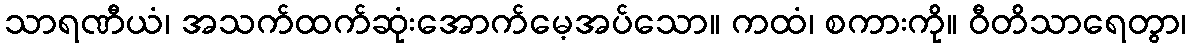
သာရဏီယံ၊ အသက်ထက်ဆုံးအောက်မေ့အပ်သော။ ကထံ၊ စကားကို။ ဝီတိသာရေတွာ၊